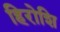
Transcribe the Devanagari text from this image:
हिरोशि